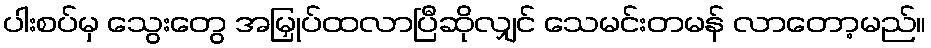
ပါးစပ်မှ သွေးတွေ အမြှုပ်ထလာပြီဆိုလျှင် သေမင်းတမန် လာတော့မည်။